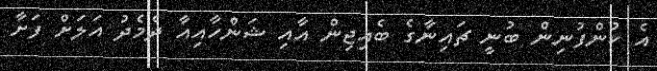
އެ ކުންފުނިން ބުނީ ޗައިނާގެ ބެއިޖިން އާއި ޝަންހާއިއާ ދެމެދު އަލަށް ފަށާ